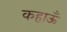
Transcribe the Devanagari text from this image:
कहाऊँ